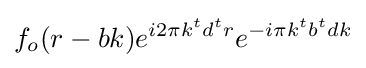
f_{o}(r-bk)e^{i2\pi k^{t}d^{t}r}e^{-i\pi k^{t}b^{t}dk}